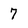
Character: 7